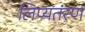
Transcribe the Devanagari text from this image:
लिप्यतंरण